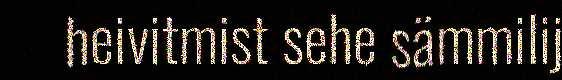
heivitmist sehe sämmilij